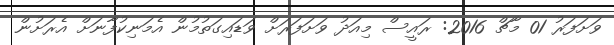
ވަށަފަރު 01 މާޗް 2016: ރައީސް މިއަދު ވަށަފަރަށް ވަޑައިގަތުމުން އެމަނިކުފާނަށް އެރަށުން